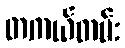
တကယ်တမ်း